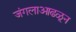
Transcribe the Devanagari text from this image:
जंगलाआढळून